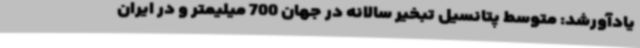
یادآورشد: متوسط پتانسیل تبخیر سالانه در جهان 700 میلیمتر و در ایران